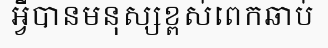
អ្វីបានមនុស្សខ្ពស់ពេកឆាប់